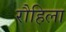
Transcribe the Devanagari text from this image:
रौहिला